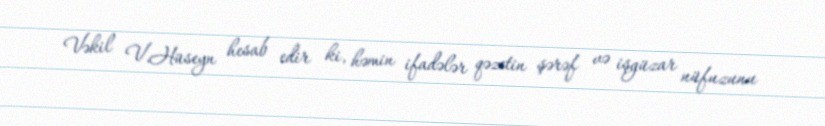
Vəkil V.Hüseyn hesab edir ki, həmin ifadələr qəzetin şərəf və işgüzar nüfuzunu